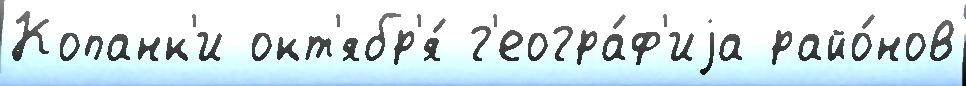
Копанк'и окт'ябр'я́ г'еогра́ф'иjа райо́нов